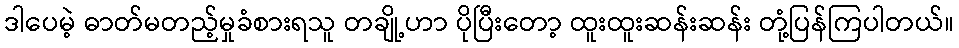
ဒါပေမဲ့ ဓာတ်မတည့်မှုခံစားရသူ တချို့ဟာ ပိုပြီးတော့ ထူးထူးဆန်းဆန်း တုံ့ပြန်ကြပါတယ်။